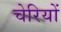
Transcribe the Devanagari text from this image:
चेरियों